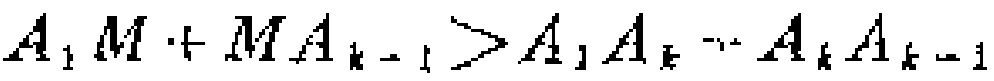
\(A_{1}M + MA_{k - 1} > A_{1}A_{k} + A_{k}A_{k - 1}\)